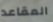
المقاعد